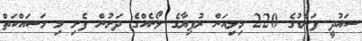
ސައުދީ ފަންޑުގެ 220 މިލިއަން ރުފިޔާގެ ލޯނެއްގެ ދަށުން ފެށި މި މަސައްކަތް